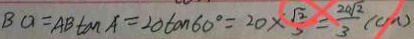
B O = A B \tan A = 2 0 \tan 6 0 ^ { \circ } = 2 0 \times \frac { \sqrt { 2 } } { 3 } = \frac { 2 0 \sqrt { 2 } } { 3 } ( c m )